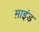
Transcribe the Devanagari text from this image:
म़ाइंड